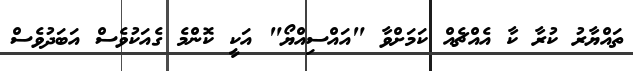
ތައްޔާރު ކުރާ ކާ އެއްޗެއް ކަމަށްވާ "އައްސިއްޔޯ" އަކީ ކޮންމެ ގެއަކުވެސް އަބަދުވެސް